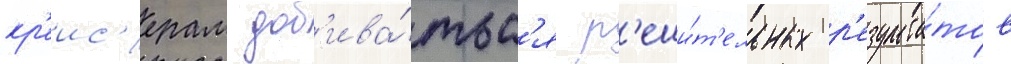
кр'еис'ерам доб'ива́тьс'я р'еши́т'ельных р'езульта́тов